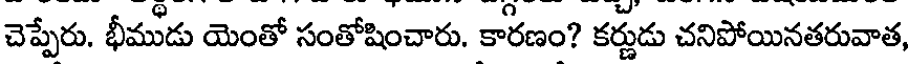
చెప్పేరు. భీముడు యెంతో సంతోషించారు. కారణం? కర్ణుడు చనిపోయినతరువాత,